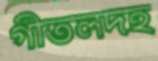
গীতলদহ